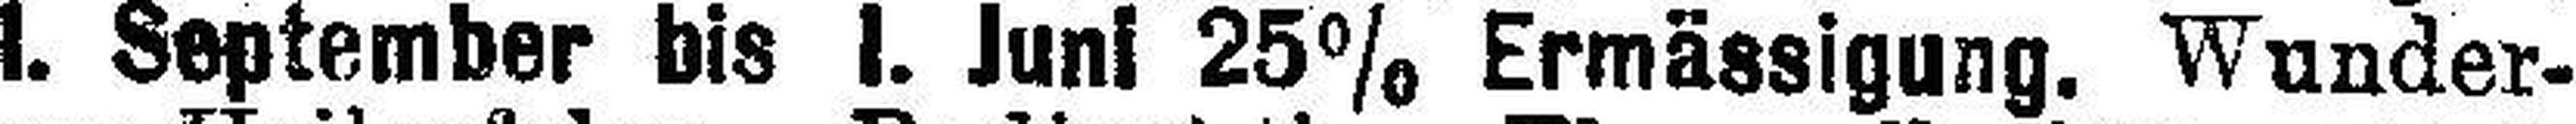
I. September bis I. Juni 25% Ermässigung. Wunder¬